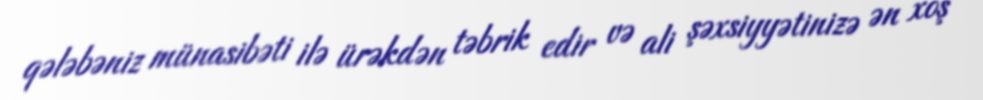
qələbəniz münasibəti ilə ürəkdən təbrik edir və ali şəxsiyyətinizə ən xoş